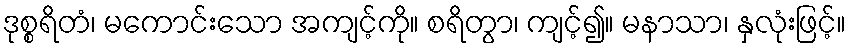
ဒုစ္စရိတံ၊ မကောင်းသော အကျင့်ကို။ စရိတွာ၊ ကျင့်၍။ မနာသာ၊ နှလုံးဖြင့်။